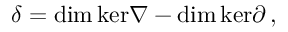
\delta = \mathrm { d i m } \, \mathrm { k e r } \nabla - \mathrm { d i m } \, \mathrm { k e r } \partial \, ,